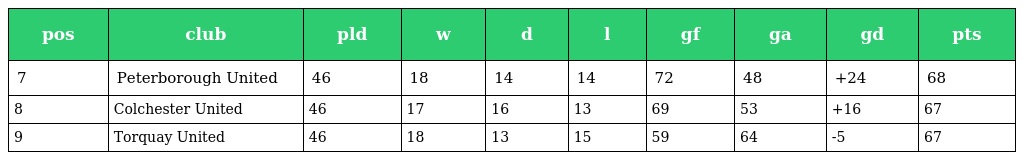
| pos | club | pld | w | d | l | gf | ga | gd | pts |
 | --- | --- | --- | --- | --- | --- | --- | --- | --- | --- |
 | 7 | Peterborough United | 46 | 18 | 14 | 14 | 72 | 48 | +24 | 68 |
 | 8 | Colchester United | 46 | 17 | 16 | 13 | 69 | 53 | +16 | 67 |
 | 9 | Torquay United | 46 | 18 | 13 | 15 | 59 | 64 | -5 | 67 |